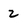
Character: 2